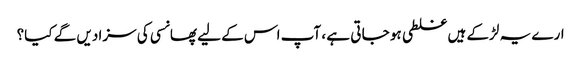
ارے یہ لڑکے ہیں غلطی ہو جا تی ہے ، آپ اس کے لیے پھانسی کی سزا دیں گے کیا؟